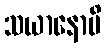
သယာနောပိ